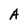
Character: A